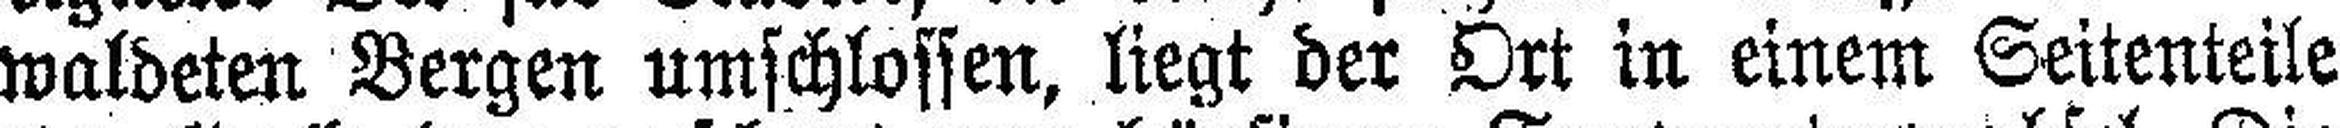
waldeten Bergen umschlossen, liegt der Ort in einem Seitenteile